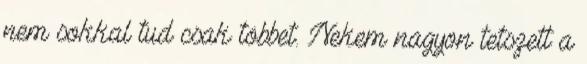
nem sokkal tud csak többet. Nekem nagyon tetszett a